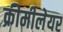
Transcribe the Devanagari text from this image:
क्रीमीलेयर